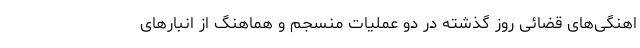
اهنگی‌های قضائی روز گذشته در دو عملیات منسجم و هماهنگ از انبارهای